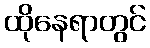
ထိုနေရာတွင်